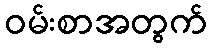
ဝမ်းစာအတွက်